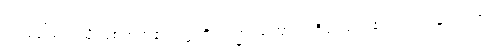
ဝါ၊ ခေါ်သကဲ့သို့ ဖြစ်တတ်၏။ ဣတိတသ္မာ၊ ကြောင့်။ ဇိဝှါ၊ မည်၏။ ဝါ၊ တနည်းကား။